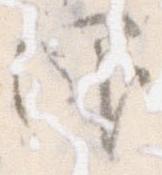
仰